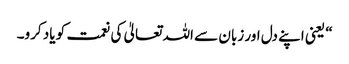
“ یعنی اپنے دل اور زبان سے اللہ تعالیٰ کی نعمت کو یاد کرو۔